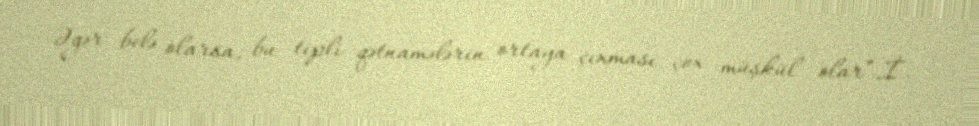
Əgər belə olarsa, bu tipli qətnamələrin ortaya çıxması çox müşkül olar”.İ.